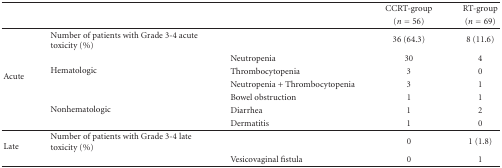
<table><thead><tr><td></td><td></td><td></td><td><b>CCRT-group</b></td><td><b>RT-group</b></td></tr><tr><td></td><td></td><td></td><td><b>(<i>n</i> = 56)</b></td><td><b>(<i>n</i> = 69) </b></td></tr></thead><tbody><tr><td rowspan="7">Acute</td><td>Number of patients with Grade 3-4 acute toxicity (%)</td><td></td><td>36 (64.3)</td><td>8 (11.6)</td></tr><tr><td rowspan="3">Hematologic</td><td>Neutropenia</td><td>30</td><td>4</td></tr><tr><td>Thrombocytopenia</td><td>3</td><td>0</td></tr><tr><td>Neutropenia + Thrombocytopenia</td><td>3</td><td>1</td></tr><tr><td rowspan="3">Nonhematologic</td><td>Bowel obstruction</td><td>1</td><td>1</td></tr><tr><td>Diarrhea</td><td>1</td><td>2</td></tr><tr><td>Dermatitis</td><td>1</td><td>0 </td></tr><tr><td rowspan="2">Late</td><td>Number of patients with Grade 3-4 late toxicity (%)</td><td></td><td>0</td><td>1 (1.8)</td></tr><tr><td></td><td>Vesicovaginal fistula</td><td>0</td><td>1</td></tr></tbody></table>